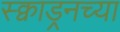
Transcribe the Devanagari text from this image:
स्क्वाड्रनच्या